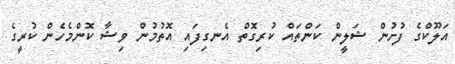
އަލޫކްގެ ފުށުން ޝަލީން ކަންތައް ކުރިގޮތް އެނގިފައި އޮތުމުން ވިޝާ ކޮންމެހެން ކުރީގެ